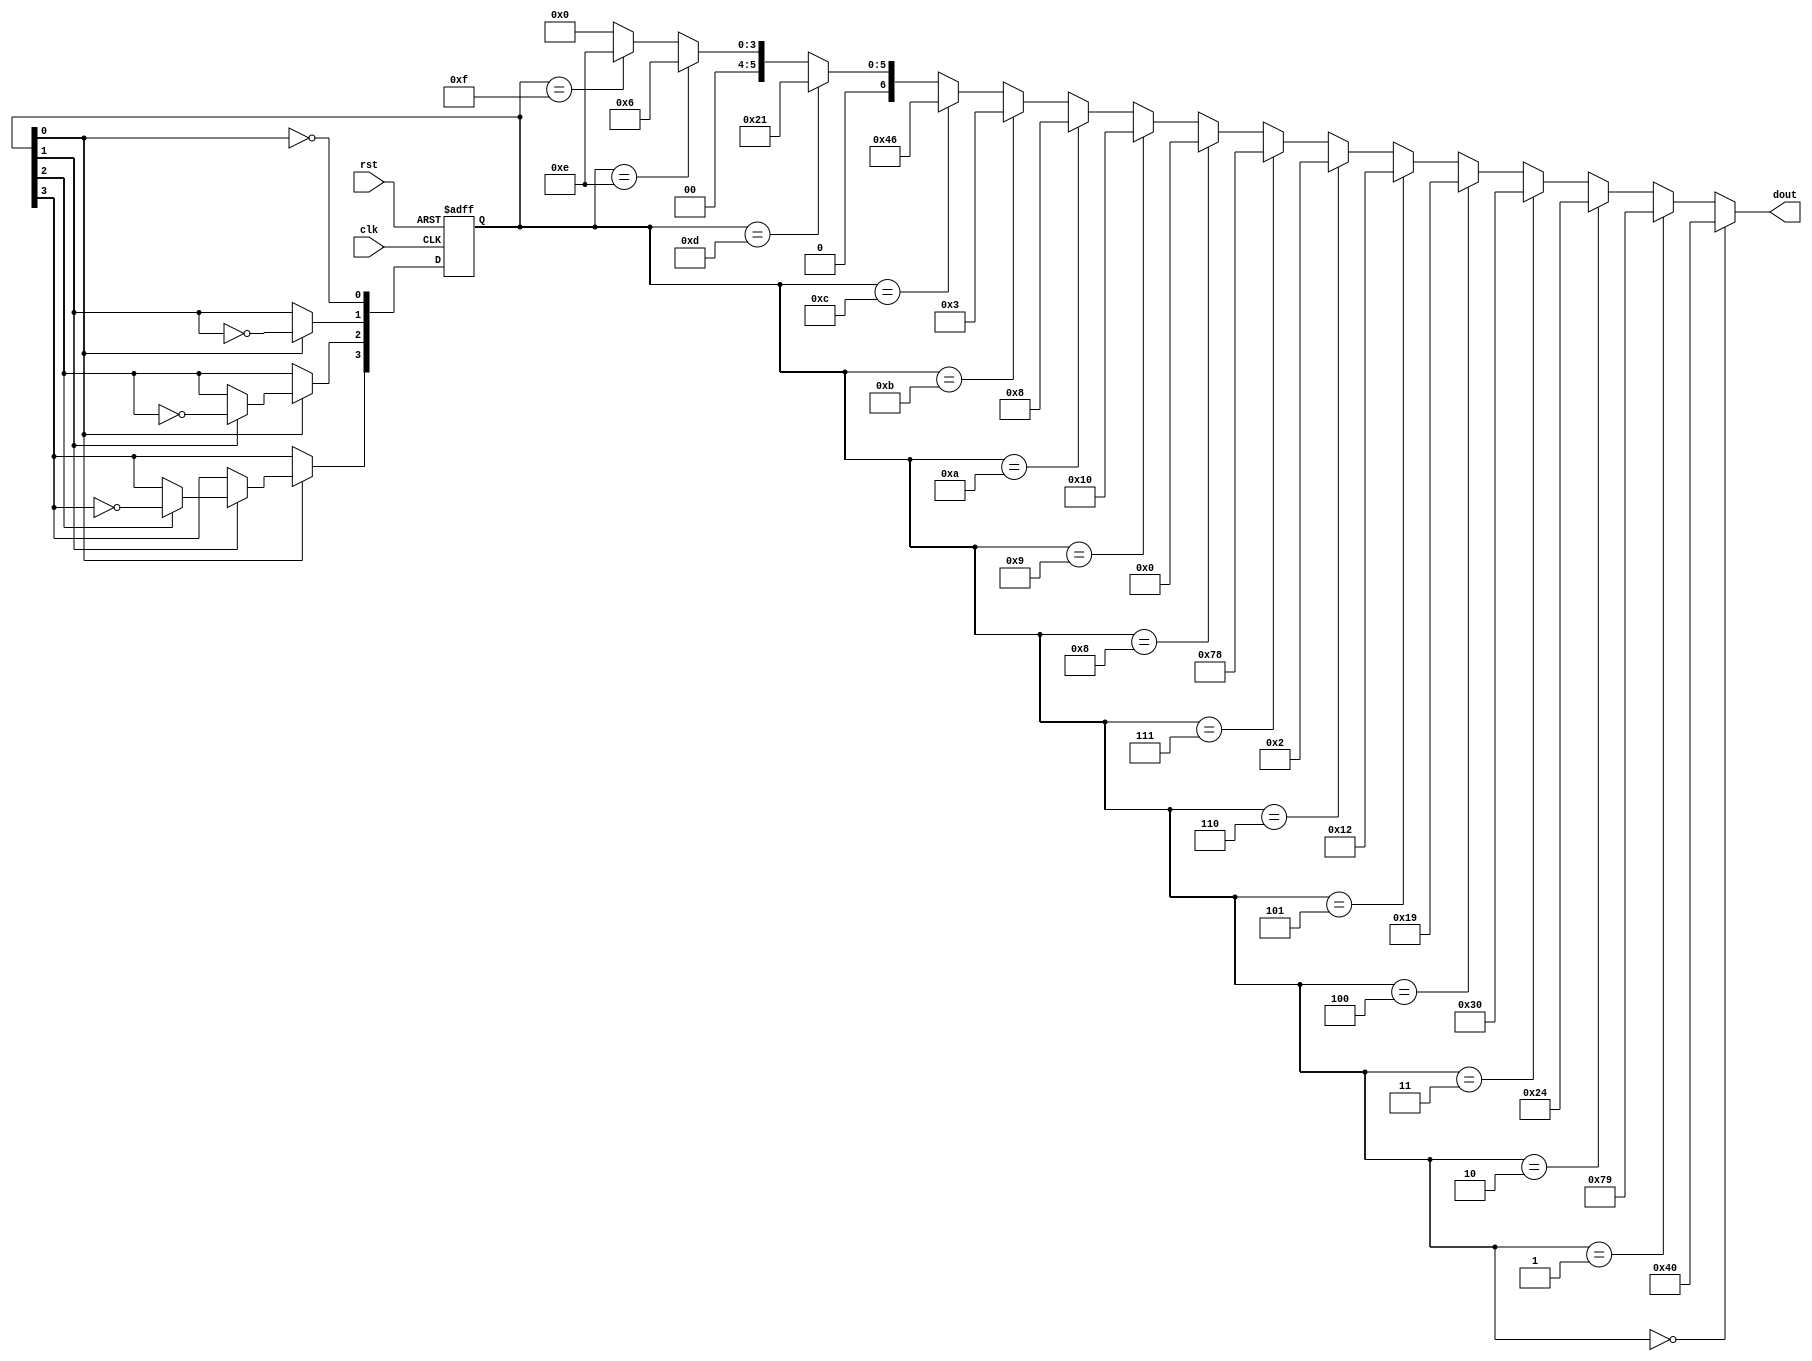
module counter2(clk,rst,dout);
input clk,rst;
output [6:0] dout;
reg [3:0] q;

initial
begin
	q<=0;
end

always @(negedge rst or negedge clk)
begin
	if (~rst) q<=4'b0000;
	else
		begin
			if (~clk)
				begin
					q[0]<=~q[0];
					//Previous step is non-block, so the condition q[0]
					//should be the value before the jump
					if (q[0])
					begin
						q[1]<=~q[1];
						if (q[1])
						begin
							q[2]<=~q[2];
							if (q[2])
								q[3]<=~q[3];
						end
					end
				end
		end
end

assign	dout=(q==4'h0)?7'b1000000:
             (q==4'h1)?7'b1111001:
             (q==4'h2)?7'b0100100:
             (q==4'h3)?7'b0110000:
             (q==4'h4)?7'b0011001:
             (q==4'h5)?7'b0010010:
             (q==4'h6)?7'b0000010:
             (q==4'h7)?7'b1111000:
             (q==4'h8)?7'b0000000:
             (q==4'h9)?7'b0010000:
			 (q==4'hA)?7'b0001000:
			 (q==4'hB)?7'b0000011:
			 (q==4'hC)?7'b1000110:
			 (q==4'hD)?7'b0100001:
			 (q==4'hE)?7'b0000110:
			 (q==4'hF)?7'b0001110:7'b0;
endmodule